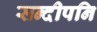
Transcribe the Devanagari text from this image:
सन्‍दीपनि